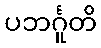
ပဘင်္ဂူတိ